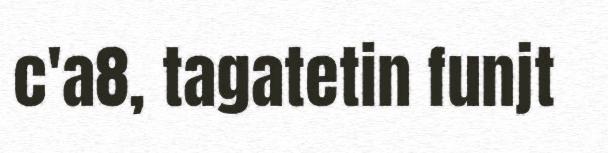
c'a8, tagatetin funjt